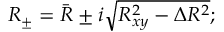
R _ { \pm } = \bar { R } \pm i \sqrt { R _ { x y } ^ { 2 } - \Delta R ^ { 2 } } ;